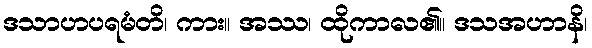
ဒသာဟပရမံတိ၊ ကား။ အဿ၊ ထိုကာလ၏။ ဒသအဟာနိ၊